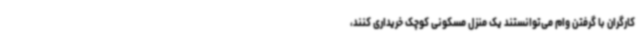
کارگران با گرفتن وام می‌توانستند یک منزل مسکونی کوچک خریداری کنند،